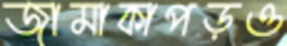
জামাকাপড়ও